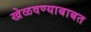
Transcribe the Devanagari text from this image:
खेळवण्याबाबत